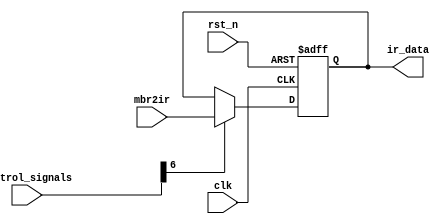
module IR (
    input         clk,
    input         rst_n,
    input  [15:0] control_signals,
    input  [ 7:0] mbr2ir,           //MBR->IR
    output [ 7:0] ir_data           //IR
);
    reg [7:0] ir_data_reg;
    assign ir_data = ir_data_reg;
    always @(posedge clk or negedge rst_n) begin
        if (!rst_n) begin
            ir_data_reg <= 8'd0;
        end else begin
            if (control_signals[6] == 4'b1) ir_data_reg <= mbr2ir;
        end
    end
endmodule